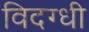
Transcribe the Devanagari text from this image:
विदग्धी